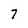
Character: 7